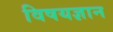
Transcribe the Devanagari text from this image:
विषयज्ञान